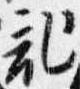
記